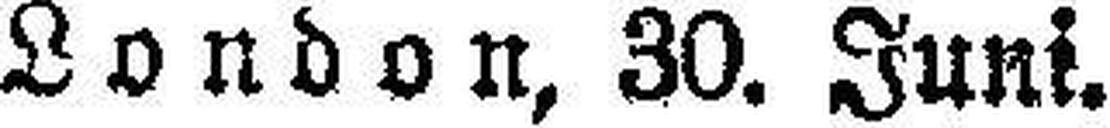
London, 30. Juni.